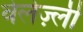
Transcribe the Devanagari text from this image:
वेलेज़्ली